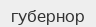
губернор